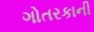
ગોતરકાની